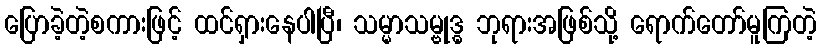
ပြောခဲ့တဲ့စကားဖြင့် ထင်ရှားနေပါပြီ၊ သမ္မာသမ္ဗုဒ္ဓ ဘုရားအဖြစ်သို့ ရောက်တော်မူကြတဲ့